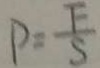
P = \frac { F } { S }